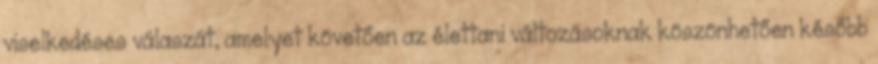
viselkedéses válaszát, amelyet követően az élettani változásoknak köszönhetően később